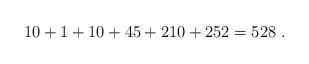
LaTeX: \begin{align*}10 + 1 + 10 + 45 + 210 + 252 = 528\ .\end{align*}